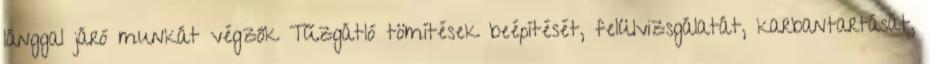
lánggal járó munkát végzők Tűzgátló tömítések beépítését, felülvizsgálatát, karbantartását,